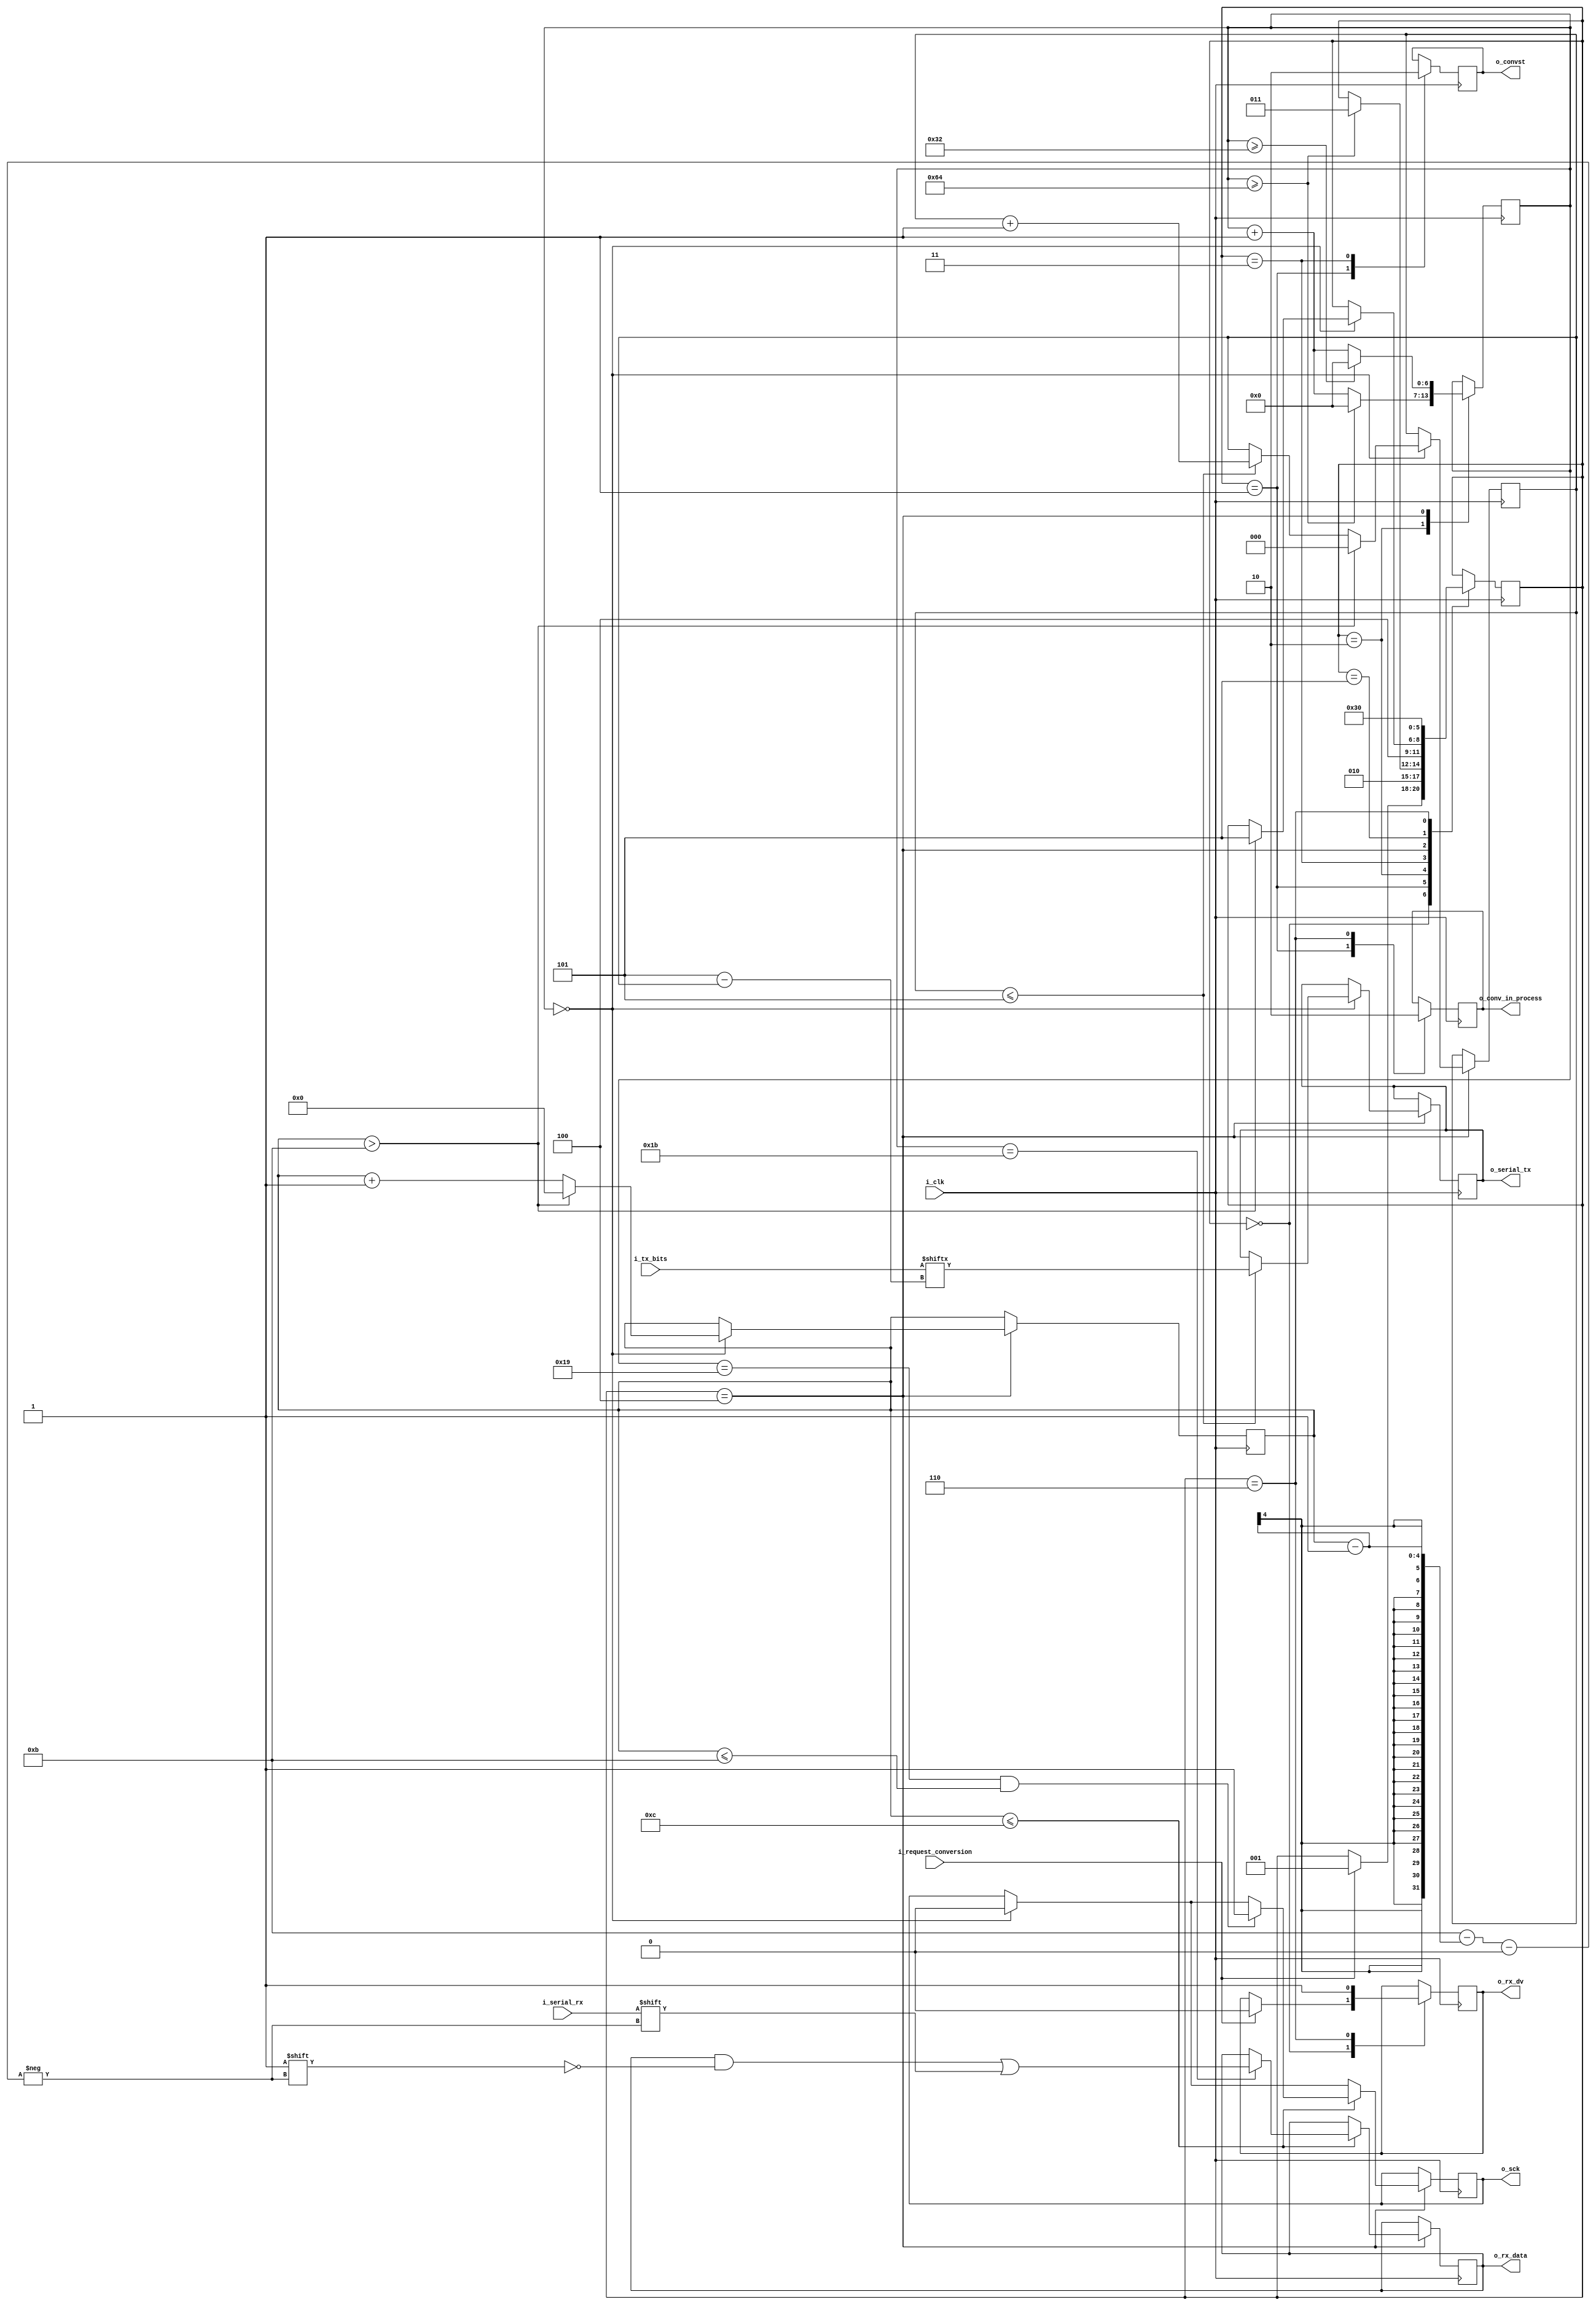
module AdcReceiver
  #(parameter SPI_CLK_DIVISOR = 50)
  (input i_clk,
  input[5:0] i_tx_bits,
  input i_request_conversion,

  output o_rx_dv,
  output[11:0] o_rx_data,
  output o_conv_in_process,

  // Chip IO
  input i_serial_rx,
  output o_convst,
  output o_sck,
  output o_serial_tx
  );

  reg r_rx_dv = 0;
  reg[11:0] r_rx_data = 0;

  reg r_convst = 0;
  reg r_sck = 0;
  reg r_serial_tx = 0;

  reg [$clog2(SPI_CLK_DIVISOR*2):0] r_SPI_Clk_Ctr = 0;
  reg r_SPI_Clk = 0;
  reg[5:0] r_tx_bits;

  reg[6:0] r_clk_ctr = 0;

  reg[3:0] r_RX_Bit_Counter = 0;
  reg[2:0] r_TX_Bit_Counter = 0;

  reg r_conv_in_process = 0;

  //State machine nodes
  parameter READY_FOR_NEXT_CONVERSION = 3'b000;
  parameter SENDING_CONVST_HIGH = 3'b001;
  parameter WAITING_TCONV_PLUS_NAP_DELAY = 3'b010;
  parameter SENDING_CONVST_LOW = 3'b011;
  parameter TRANSFERING_DATA = 3'b100;
  parameter WAITING_TACQ_DELAY = 3'b101;
  parameter CLEANUP = 3'b110;

  reg[2:0] r_current_state = READY_FOR_NEXT_CONVERSION;

  always @(posedge i_clk)
  begin
    case(r_current_state)
      
      READY_FOR_NEXT_CONVERSION:
      begin
        if(i_request_conversion == 1)
        begin
          r_current_state <= SENDING_CONVST_HIGH;
          r_rx_dv <= 0;
        end
      end

      SENDING_CONVST_HIGH:
      begin
        r_convst <= 1;
        r_current_state <= WAITING_TCONV_PLUS_NAP_DELAY;
        r_conv_in_process <= 1;
      end

      WAITING_TCONV_PLUS_NAP_DELAY:
      begin
         if(r_clk_ctr >= 100) //Wait the minimum 1.6us for a conversion plus .4us 'nap' time
         begin
           r_clk_ctr <= 0;
           r_current_state <= SENDING_CONVST_LOW;
         end
         else
           r_clk_ctr <= r_clk_ctr + 1;
      end

      SENDING_CONVST_LOW:
      begin
        r_convst <= 0;
        r_current_state <= TRANSFERING_DATA;
      end

      TRANSFERING_DATA:
      begin
        if (r_clk_ctr == 0)
        begin
          r_sck <= 0;
          if (r_TX_Bit_Counter <= 5)
          begin
            r_serial_tx <= i_tx_bits[5 - r_TX_Bit_Counter];
            r_TX_Bit_Counter <= r_TX_Bit_Counter + 1;
          end
          if (r_RX_Bit_Counter > 11)
          begin
            r_current_state <= WAITING_TACQ_DELAY;
            r_RX_Bit_Counter <= 0;
            r_TX_Bit_Counter <= 0;
          end
          else
            r_RX_Bit_Counter <= r_RX_Bit_Counter + 1;
        end
        if (r_RX_Bit_Counter <= 12)
        begin
          if (r_clk_ctr == 25 && r_RX_Bit_Counter <= 11)
            r_sck <= 1;
          if (r_clk_ctr == 27)
            r_rx_data[11 - (r_RX_Bit_Counter - 1)] <= i_serial_rx;
        end
        r_clk_ctr <= r_clk_ctr + 1;
        if (r_clk_ctr >= 50)
          r_clk_ctr <= 0;
      end

      WAITING_TACQ_DELAY:
      begin
        r_current_state <= CLEANUP;
      end
 
      CLEANUP:
      begin
        r_rx_dv <= 1;
        r_conv_in_process <= 0;
        r_current_state <= READY_FOR_NEXT_CONVERSION;
      end
    endcase
  end

  assign o_rx_dv = r_rx_dv;
  assign o_rx_data = r_rx_data;
  assign o_conv_in_process = r_conv_in_process;

  assign o_convst = r_convst;
  assign o_sck = r_sck;
  assign o_serial_tx = r_serial_tx;


endmodule